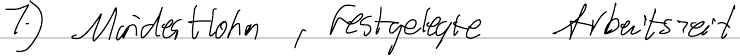
1.) Mindestlohn, festgelegte Arbeitszeit